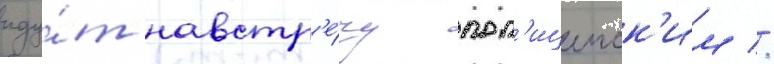
иду́т навстр'е́чу пол'ицеиск'им //